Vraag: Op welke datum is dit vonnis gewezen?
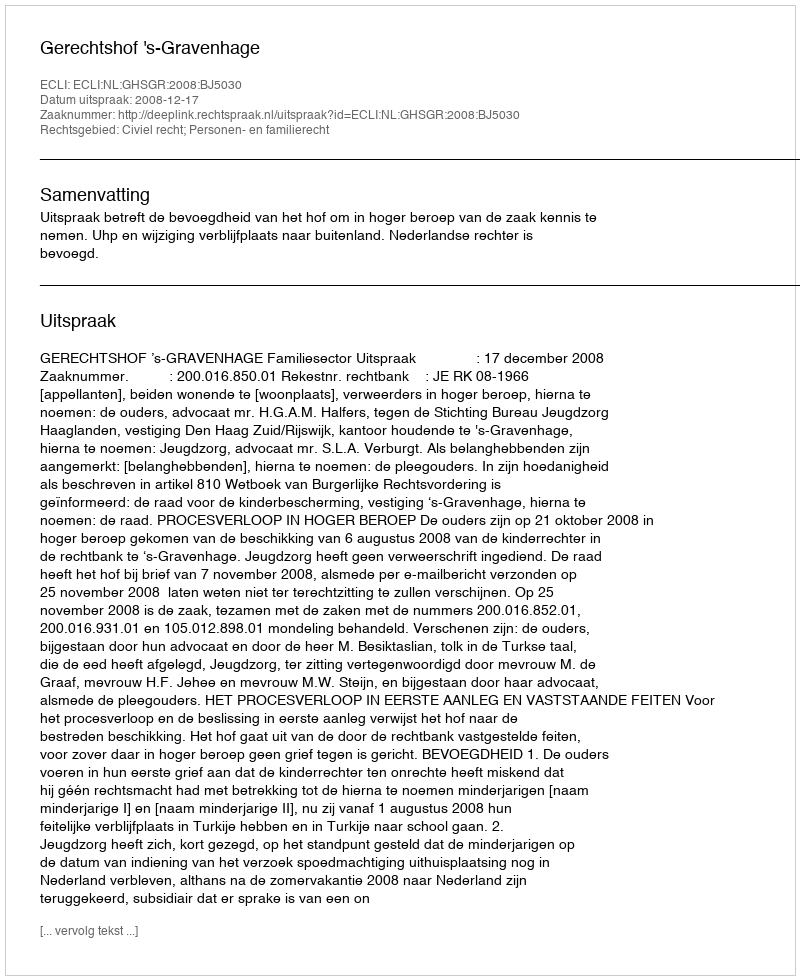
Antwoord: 2008-12-17